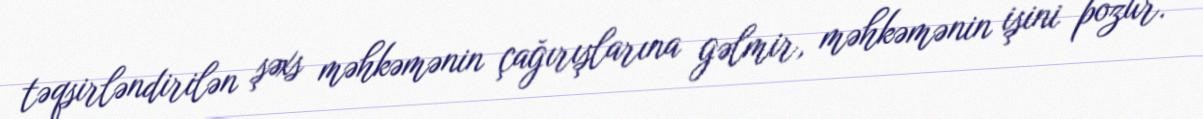
təqsirləndirilən şəxs məhkəmənin çağırışlarına gəlmir, məhkəmənin işini pozur.